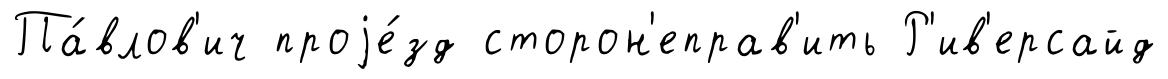
Па́влов'ич проjе́зд сторон'еправ'ить Р'ив'ерсайд